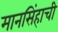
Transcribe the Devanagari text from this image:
मानसिंहाची